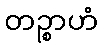
တဉ္စာဟံ